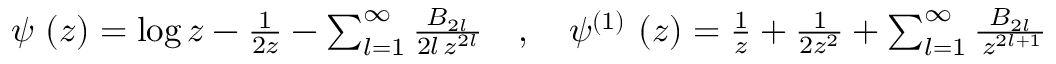
\begin{array} { r } { \psi \, \left( z \right) = \log z - \frac { 1 } { 2 z } - \sum _ { l = 1 } ^ { \infty } \frac { B _ { 2 l } } { 2 l \, z ^ { 2 l } } \quad , \quad \psi ^ { \left( 1 \right) } \, \left( z \right) = \frac { 1 } { z } + \frac { 1 } { 2 z ^ { 2 } } + \sum _ { l = 1 } ^ { \infty } \frac { B _ { 2 l } } { \, z ^ { 2 l + 1 } } } \end{array}